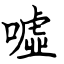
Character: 噓